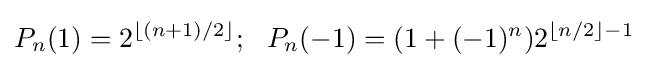
P_{n}(1)=2^{\lfloor (n+1)/2\rfloor };{~}{~}P_{n}(-1)=(1+(-1)^{n})2^{\lfloor n/2\rfloor -1}